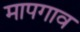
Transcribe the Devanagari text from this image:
मापगाव